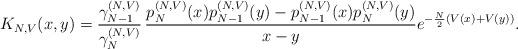
LaTeX: \begin{align*}K_{N,V}(x,y)=\frac{\gamma_{N-1}^{(N,V)}}{\gamma_{N}^{(N,V)}} \,\frac{p_N^{(N,V)}(x)p_{N-1}^{(N,V)}(y)-p_{N-1}^{(N,V)}(x)p_{N}^{(N,V)}(y)}{x-y} e^{-\frac{N}{2}(V(x)+V(y))}.\end{align*}